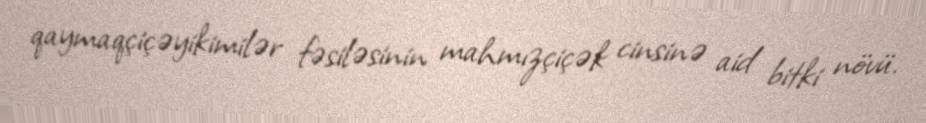
qaymaqçiçəyikimilər fəsiləsinin mahmızçiçək cinsinə aid bitki növü.